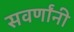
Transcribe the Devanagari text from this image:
सवर्णांनी